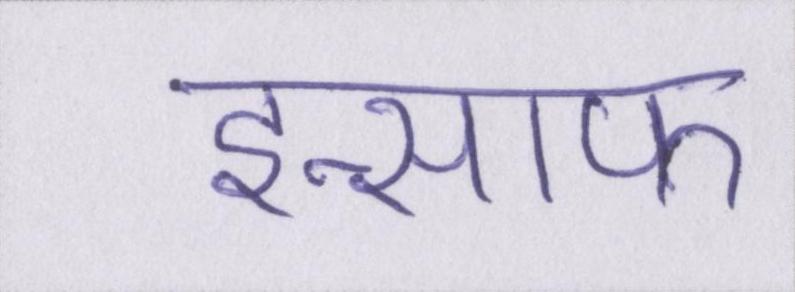
इन्साफ